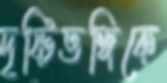
দৃষ্টিভঙ্গিকে